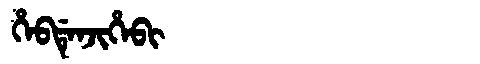
Manchu: ᡥᡝᠪᡩᡝᠨᠵᡳᡥᡝᠪᡳ
Romanization: HEBDENJIHEBI